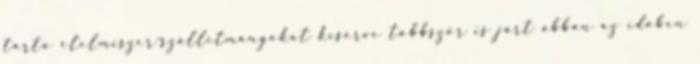
tartó élelmiszer-szállítmányokat kísérve többször is járt abban az időben